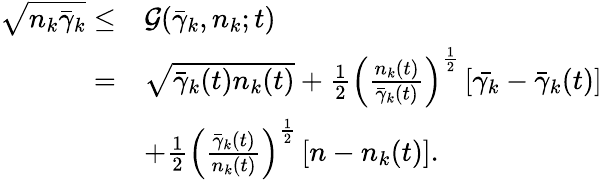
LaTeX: \begin{array}{rl}{\sqrt{n_{k}\bar{\gamma}_{k}}\le}&{\mathcal{G}(\bar{\gamma}_{k},n_{k};t)}\\ {=}&{\sqrt{\bar{\gamma}_{k}(t)n_{k}(t)}+\frac{1}{2}\left(\frac{n_{k}(t)}{\bar{\gamma}_{k}(t)}\right)^{\frac{1}{2}}\left[\bar{\gamma_{k}}-\bar{\gamma}_{k}(t)\right]}\\ &{+\frac{1}{2}\left(\frac{\bar{\gamma}_{k}(t)}{n_{k}(t)}\right)^{\frac{1}{2}}\left[n-n_{k}(t)\right].}\end{array}